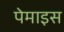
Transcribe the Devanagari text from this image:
पेमाइस